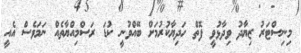
މިނިސްޓަރު ޒިޔާދު ވިދާޅުވީ ފޮތް ހަދިޔާކުރުމަށް ބޭއްވުނީ ކުޑަ ރަސްމިއްޔާތެއް ނަމަވެސް އެއީ